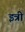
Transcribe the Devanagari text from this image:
इत्री